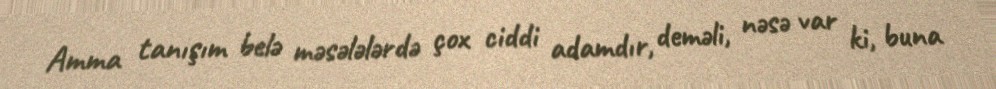
Amma tanışım belə məsələlərdə çox ciddi adamdır, deməli, nəsə var ki, buna